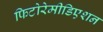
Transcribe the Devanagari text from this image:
फिटोरेमीडिएशन